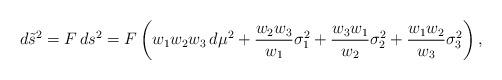
LaTeX: \begin{align*} d\tilde s^2 = F \, ds^2 = F \left ( w_1 w_2 w_3 \, d\mu^2 +\frac{w_2 w_3}{w_1} \sigma_1^2 +\frac{w_3 w_1}{w_2} \sigma_2^2+\frac{w_1 w_2}{w_3} \sigma_3^2 \right ),\end{align*}